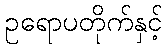
ဥရောပတိုက်နှင့်